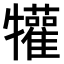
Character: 𤜍